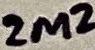
Text: 2M2